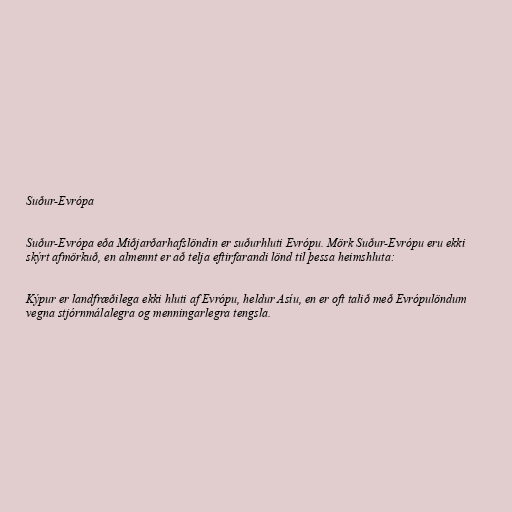
Suður-Evrópa

Suður-Evrópa eða Miðjarðarhafslöndin er suðurhluti Evrópu. Mörk Suður-Evrópu eru ekki
skýrt afmörkuð, en almennt er að telja eftirfarandi lönd til þessa heimshluta:

Kýpur er landfræðilega ekki hluti af Evrópu, heldur Asíu, en er oft talið með Evrópulöndum
vegna stjórnmálalegra og menningarlegra tengsla.